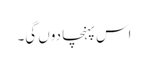
اس پہنچا دوں گی۔